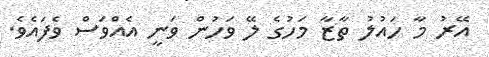
އޭރު މާ ހައުލު ތާޒާ މަހުގެ ލޭ ވަހުން ވަނީ އެއްވަސް ވެފައެވެ.